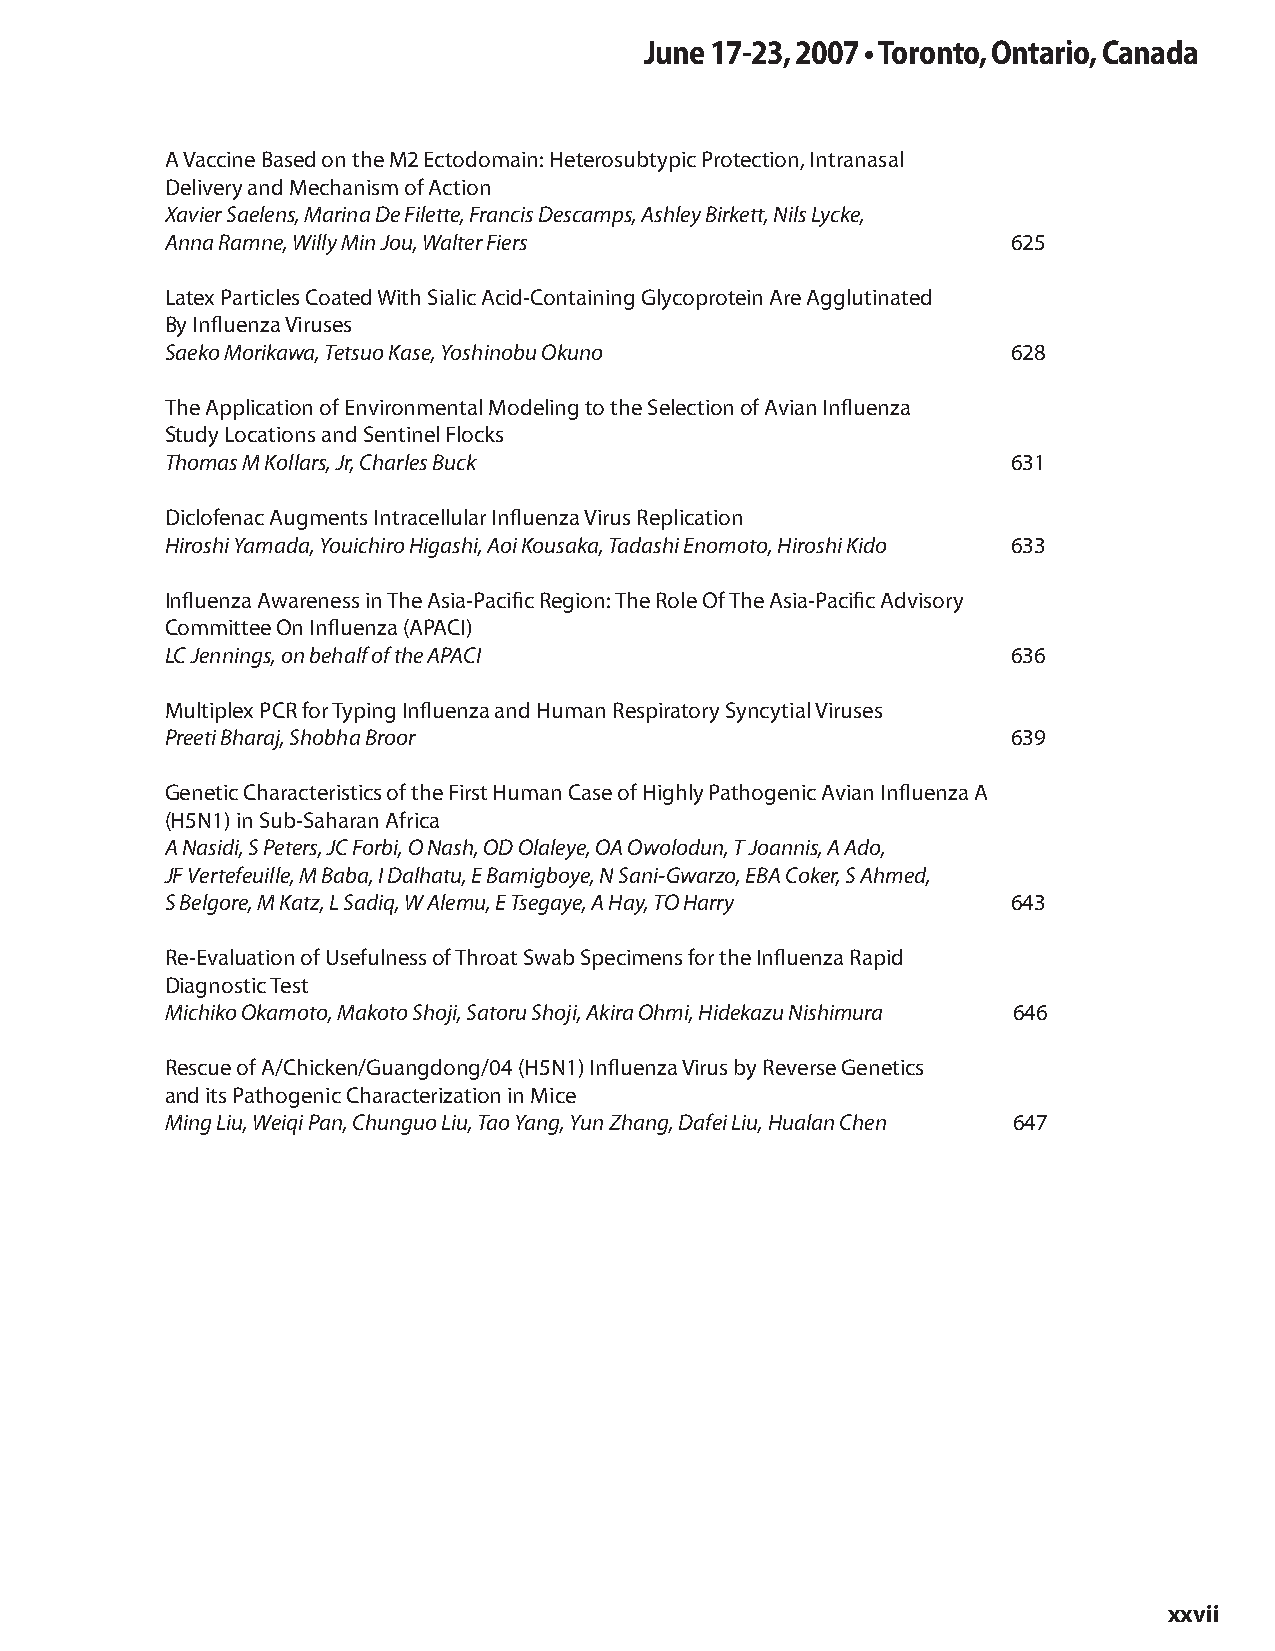
June 17-23, 2007 • Toronto, Ontario, Canada
 A Vaccine Based on the M2 Ectodomain: Heterosubtypic Protection, Intranasal
 Delivery and Mechanism of Action
 Xavier Saelens, Marina De Filette, Francis Descamps, Ashley Birkett, Nils Lycke,
 Anna Ramne, Willy Min Jou, Walter Fiers                 625
 Latex Particles Coated With Sialic Acid-Containing Glycoprotein Are Agglutinated
 By Influenza Viruses
 Saeko Morikawa, Tetsuo Kase, Yoshinobu Okuno            628
 The Application of Environmental Modeling to the Selection of Avian Influenza
 Study Locations and Sentinel Flocks
 Thomas M Kollars, Jr, Charles Buck                      631
 Diclofenac Augments Intracellular Influenza Virus Replication
 Hiroshi Yamada, Youichiro Higashi, Aoi Kousaka, Tadashi Enomoto, Hiroshi Kido 633
 Influenza Awareness in The Asia-Pacific Region: The Role Of The Asia-Pacific Advisory
 Committee On Influenza (APACI)
 LC Jennings, on behalf of the APACI                     636
 Multiplex PCR for Typing Influenza and Human Respiratory Syncytial Viruses
 Preeti Bharaj, Shobha Broor                             639
 Genetic Characteristics of the First Human Case of Highly Pathogenic Avian Influenza A
 (H5N1) in Sub-Saharan Africa
 A Nasidi, S Peters, JC Forbi, O Nash, OD Olaleye, OA Owolodun, T Joannis, A Ado,
 JF Vertefeuille, M Baba, I Dalhatu, E Bamigboye, N Sani-Gwarzo, EBA Coker, S Ahmed,
 S Belgore, M Katz, L Sadiq, W Alemu, E Tsegaye, A Hay, TO Harry 643
 Re-Evaluation of Usefulness of Throat Swab Specimens for the Influenza Rapid
 Diagnostic Test
 Michiko Okamoto, Makoto Shoji, Satoru Shoji, Akira Ohmi, Hidekazu Nishimura 646
 Rescue of A/Chicken/Guangdong/04 (H5N1) Influenza Virus by Reverse Genetics
 and its Pathogenic Characterization in Mice
 Ming Liu, Weiqi Pan, Chunguo Liu, Tao Yang, Yun Zhang, Dafei Liu, Hualan Chen 647
 xxvii